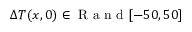
\Delta { T } ( x , 0 ) \in \mathrm { ~ R ~ a ~ n ~ d ~ } [ - 5 0 , 5 0 ]